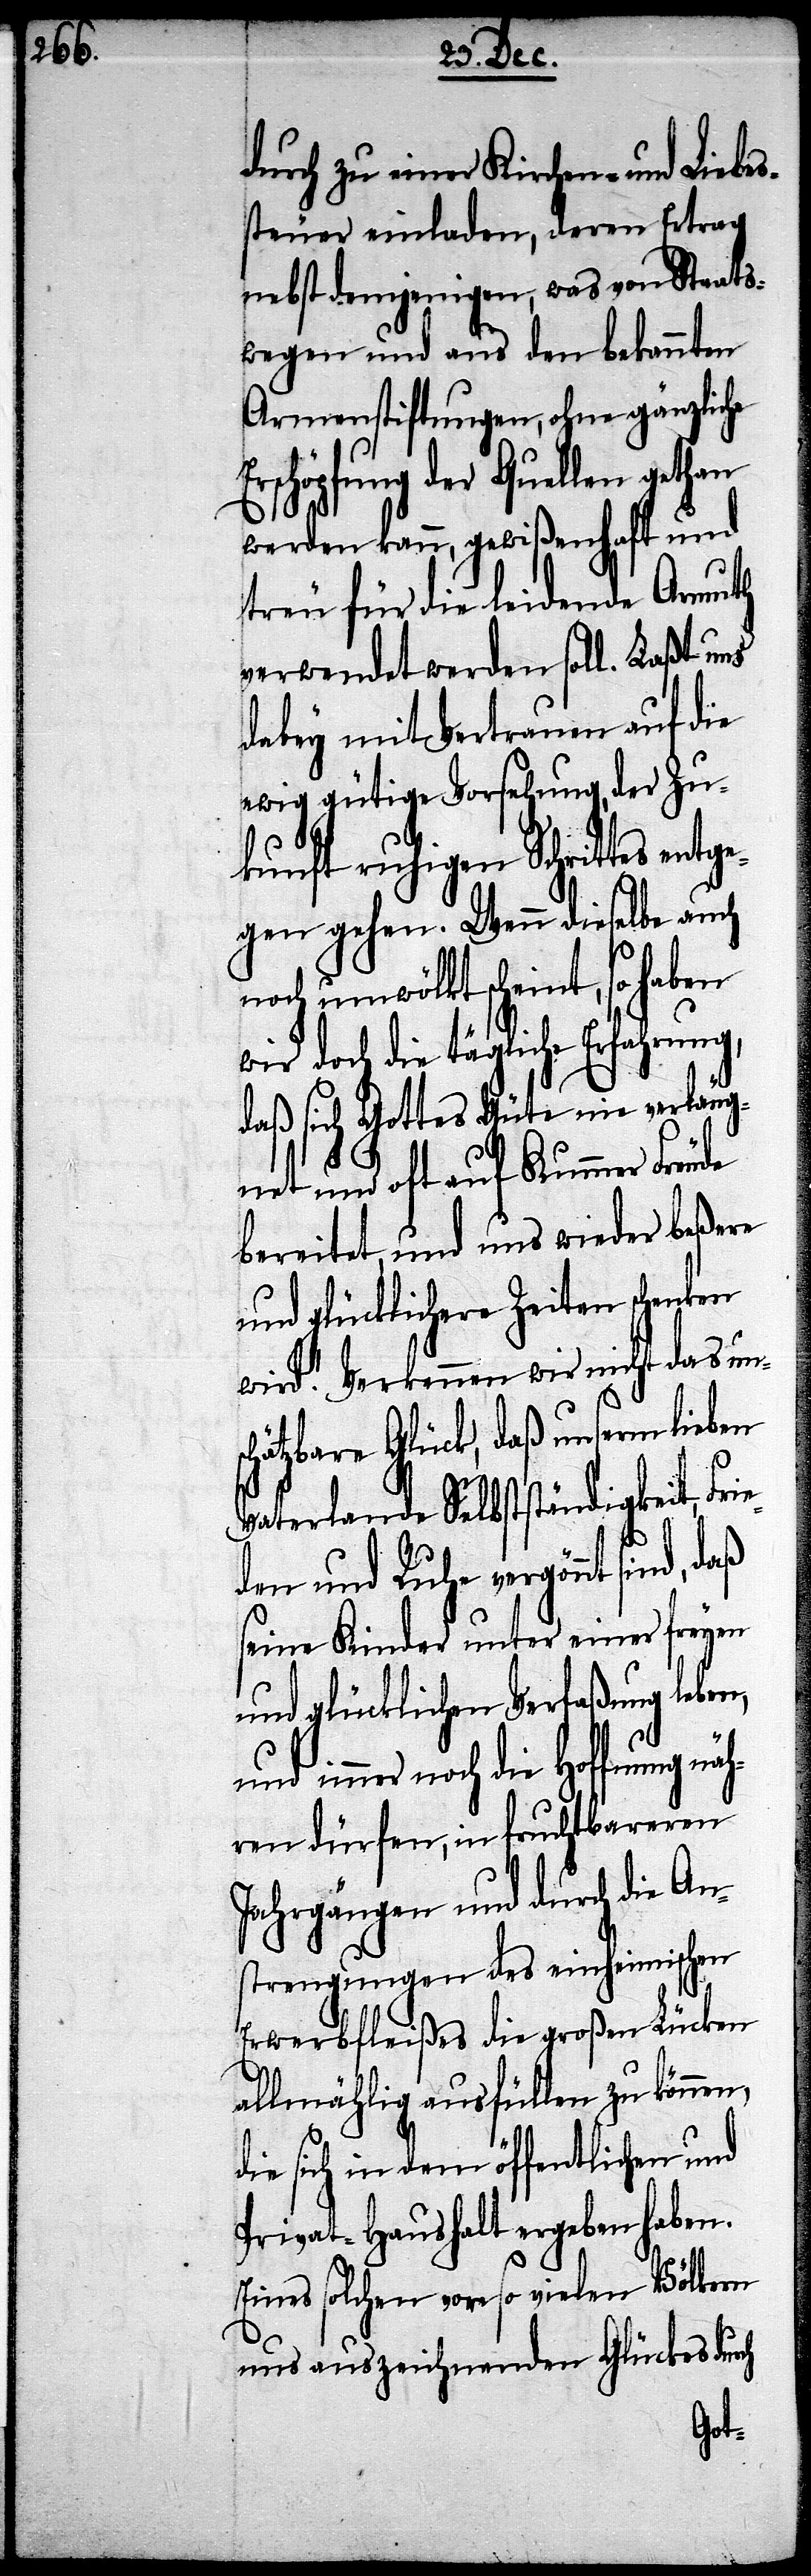
durch zu einer Kirchen- und Liebe¬
ssteuer einladen, deren Ertrag
nebst demjenigen, was von Staats¬
wegen und aus den bekannten
Armenstiftungen, ohne gänzliche
schöpfung der Quellen gethan
werden kann, gewißenhaft und
treu für die leidende Armuth
verwendet werden soll. Laßt uns
dabey mit Vertrauen auf die
ewig gütige Vorsehung, der Zu¬
kunft ruhigen Schrittes entge¬
gen gehen. Wenn dieselbe auch
noch umwölkt scheint, so haben
wir doch die tägliche Erfahrung,
daß sich Gottes Güte nie verläug¬
net und oft auf Kummer Freude
bereitet, und uns wieder beßere
und glücklichere Zeiten schenken
wird. Verkennen wir nicht das uns¬
chätzbare Glück, daß unserm lieben
Vaterlande Selbstständigkeit, Frie¬
den und Ruhe vergönnt sind,
seine Kinder unter einer freyen
und glücklichen Verfaßung leben,
und immer noch die Hoffnung nä¬
hren dürfen, in fruchtbaren
Jahrgängen und durch die An¬
strengungen des einheimischen
Erwerbsfleißes die großen Lücken
allmählig ausfüllen zu können,
die sich in dem öffentlichen und
Privat-Haushalt ergeben haben.
Eines solchen von so vielen Völkern
uns auszeichnenden Glückes dur¬
ch